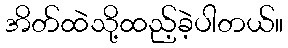
အိတ်ထဲသို့ထည့်ခဲ့ပါတယ်။